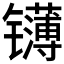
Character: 𬮁